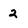
Character: 2